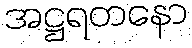
အဋ္ဌရတနော